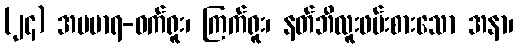
(၂၄) အပမာရ-ဝက်ရူး၊ ကြက်ရူး၊ နတ်ဘီလူးဖမ်းစားသော အနာ၊